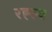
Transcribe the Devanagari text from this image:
रह्स्य